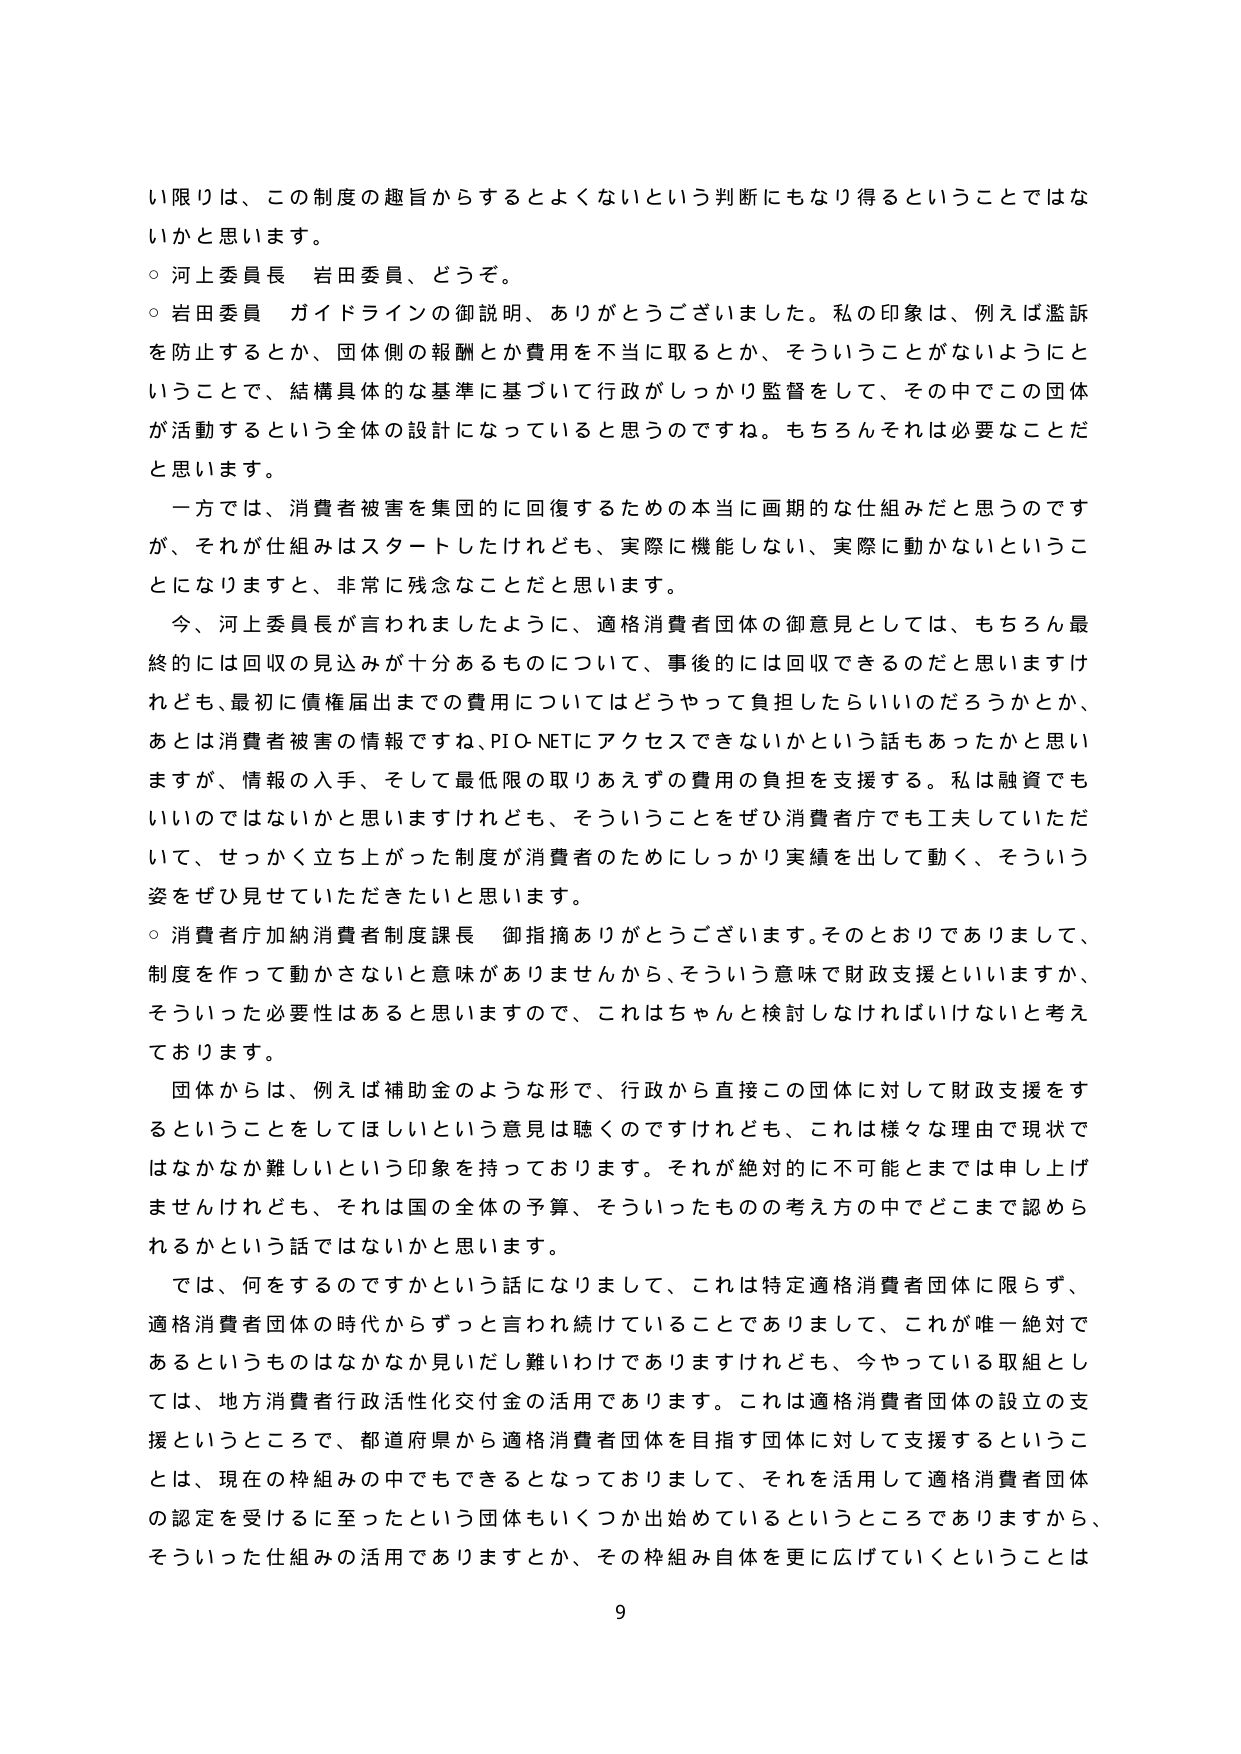
い限りは、この制度の趣旨からするとよくないという判断にもなり得るということではな
いかと思います。
○ 河上委員長 岩田委員、どうぞ。
○ 岩田委員 ガイドラインの御説明、ありがとうございました。私の印象は、例えば濫訴
を防止するとか、団体側の報酬とか費用を不当に取るとか、そういうことがないようにと
いうことで、結構具体的な基準に基づいて行政がしっかり監督をして、その中でこの団体
が活動するという全体の設計になっていると思うのですね。もちろんそれは必要なことだ
と思います。
一方では、消費者被害を集団的に回復するための本当に画期的な仕組みだと思うのです
が、それが仕組みはスタートしたけれども、実際に機能しない、実際に動かないというこ
とになりますと、非常に残念なことだと思います。
今、河上委員長が言われましたように、適格消費者団体の御意見としては、もちろん最
終的には回収の見込みが十分あるものについて、事後的には回収できるのだと思いますけ
れども、最初に債権届出までの費用についてはどうやって負担したらいいのだろうかとか、
あとは消費者被害の情報ですね、PIO-NETにアクセスできないかという話もあったかと思い
ますが、情報の入手、そして最低限の取りあえずの費用の負担を支援する。私は融資でも
いいのではないかと思いますけれども、そういうことをぜひ消費者庁でも工夫していただ
いて、せっかく立ち上がった制度が消費者のためにしっかり実績を出して動く、そういう
姿をぜひ見せていただきたいと思います。
○ 消費者庁加納消費者制度課長 御指摘ありがとうございます。そのとおりでありまして、
制度を作って動かさないと意味がありませんから、そういう意味で財政支援といいますか、
そういった必要性はあると思いますので、これはちゃんと検討しなければいけないと考え
ております。
団体からは、例えば補助金のような形で、行政から直接この団体に対して財政支援をす
るということをしてほしいという意見は聴くのですけれども、これは様々な理由で現状で
はなかなか難しいという印象を持っております。それが絶対的に不可能とまでは申し上げ
ませんけれども、それは国の全体の予算、そういったものの考え方の中でどこまで認めら
れるかという話ではないかと思います。
では、何をするのですかという話になりまして、これは特定適格消費者団体に限らず、
適格消費者団体の時代からずっと言われ続けていることでありまして、これが唯一絶対で
あるというものはなかなか見いだし難いわけでありますけれども、今やっている取組とし
ては、地方消費者行政活性化交付金の活用であります。これは適格消費者団体の設立の支
援というところで、都道府県から適格消費者団体を目指す団体に対して支援するというこ
とは、現在の枠組みの中でもできるとなっておりまして、それを活用して適格消費者団体
の認定を受けるに至ったという団体もいくつか出始めているというところでありますから、
そういった仕組みの活用でありますとか、その枠組み自体を更に広げていくということは
9